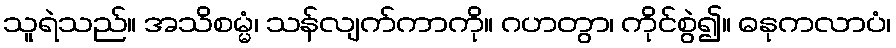
သူရဲသည်။ အသိစမ္မံ၊ သန်လျက်ကာကို။ ဂဟတွာ၊ ကိုင်စွဲ၍။ ဓနုကလာပံ၊